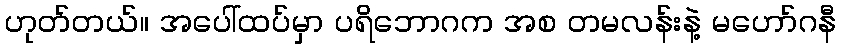
ဟုတ်တယ်။ အပေါ်ထပ်မှာ ပရိဘောဂက အစ တမလန်းနဲ့ မဟော်ဂနီ